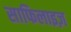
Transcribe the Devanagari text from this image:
साफिलाइज़